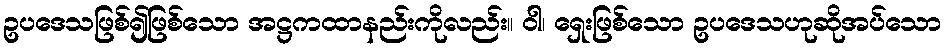
ဥပဒေသဖြစ်၍ဖြစ်သော အဋ္ဌကထာနည်းကိုလည်း။ ဝါ၊ ရှေးဖြစ်သော ဥပဒေသဟုဆိုအပ်သော